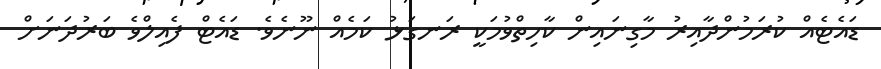
ޑައެޓެއް ކުރަމުންދާއިރު މާގިނައިން ކާހިތްވުމަކީ ރަނގަޅު ކަމެއް ނޫނެވެ. ޑައެޓް ފެއިލްވެ ބަރުދަނަށް